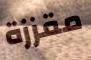
مقززة